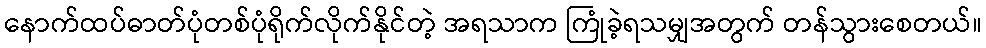
နောက်ထပ်ဓာတ်ပုံတစ်ပုံရိုက်လိုက်နိုင်တဲ့ အရသာက ကြုံခဲ့ရသမျှအတွက် တန်သွားစေတယ်။